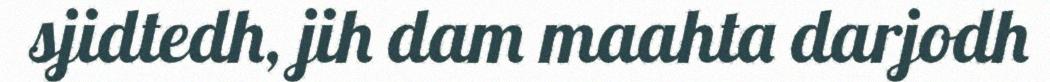
sjidtedh, jih dam maahta darjodh